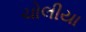
ચોલીયા